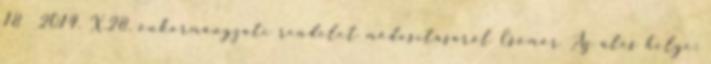
18 2014. X.28. önkormányzati rendelet módosításáról Csömör Az ülés helye: